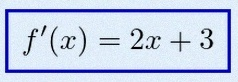
f'(x)=2x+3